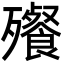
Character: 𬆝